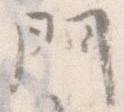
門